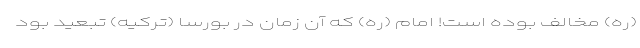
(ره) مخالف بوده است! امام (ره) که آن زمان در بورسا (ترکیه) تبعید بود